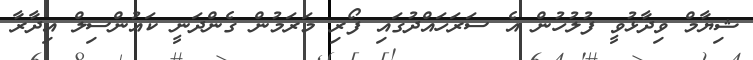
ޝިޔާމް ވިދާޅުވީ ފުލުހުން އެ ސަރަހައްދުގައި ފޯރި މަރަމުން ގެންދަނީ ކައުންސިލް އިދާރާ